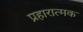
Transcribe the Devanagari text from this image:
प्रहारात्मक